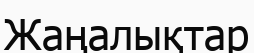
Жаңалықтар